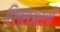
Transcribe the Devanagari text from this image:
हिल्सअर्ली